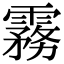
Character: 霧